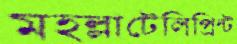
মহল্লাটেলিপ্রিন্ট